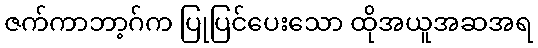
ဇက်ကာဘာ့ဂ်က ပြုပြင်ပေးသော ထိုအယူအဆအရ